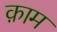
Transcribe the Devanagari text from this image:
क़ाम